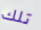
تلك